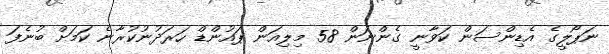
ނަޕޯލީގެ އެޑިންސަން ކަވާނީ ގެންނަން 58 މިލިއަން ޕައުންޑް ހަރަދުނުކުރާނެ ކަމަށް ބުނެފަ